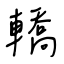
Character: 轎